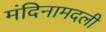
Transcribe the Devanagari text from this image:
मंदिनामदली